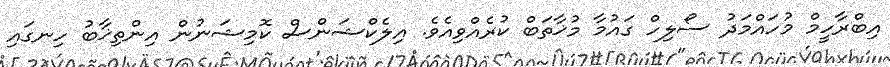
އިބްރާހީމް މުހައްމަދު ސޯލިހް ގައުމާ މުޚާތަބް ކުރެއްވިއެވެ. އިލެކްޝަންސް ކޮމިޝަނުން އިންތިޚާބު ހިނގައި